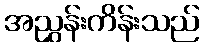
အညွှန်းကိန်းသည်